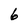
Character: 6